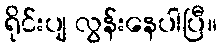
ရိုင်းပျ လွန်းနေပါပြီ။